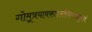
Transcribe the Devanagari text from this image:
गोमूत्रयावकाहारस्त्रिरात्राच्छुद्धिं